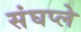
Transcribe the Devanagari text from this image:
संघप्ले